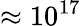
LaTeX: \approx 10^{17}